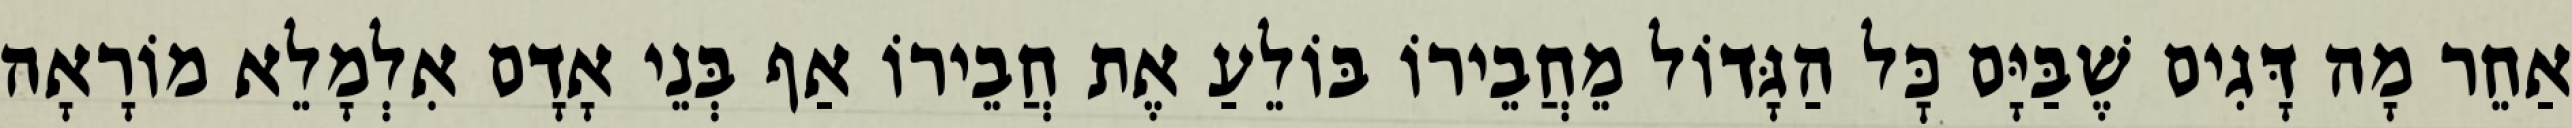
אַחֵר מָה דָּגִים שֶׁבַּיָּם כׇּל הַגָּדוֹל מֵחֲבֵירוֹ בּוֹלֵעַ אֶת חֲבֵירוֹ אַף בְּנֵי אָדָם אִלְמָלֵא מוֹרָאָה